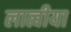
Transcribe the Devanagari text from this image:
लात्वीया